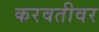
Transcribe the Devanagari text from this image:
करवतीवर